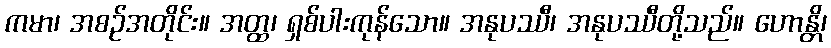
ကမာ၊ အစဉ်အတိုင်း။ အတ္ထ၊ ရှစ်ပါးကုန်သော။ အနုပဿီ၊ အနုပဿီတို့သည်။ ဟောန္တိ၊